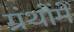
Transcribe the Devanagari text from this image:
ग्रंथोंमें